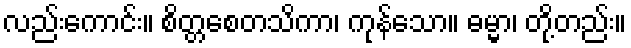
လည်းကောင်း။ စိတ္တစေတသိကာ၊ ကုန်သော။ ဓမ္မာ၊ တို့တည်း။